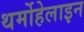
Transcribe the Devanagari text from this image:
थर्मोहेलाइन